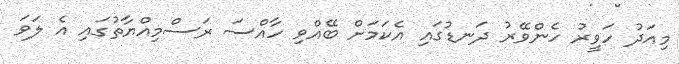
މިއަދު ހަވީރު ހެންވޭރު ދަނޑުގައި އެކަމަށް ބޭއްވި ހާއްސަ ރަސްމިއްޔާތުގައި އެ ލަވަ